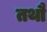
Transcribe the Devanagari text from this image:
तथौ